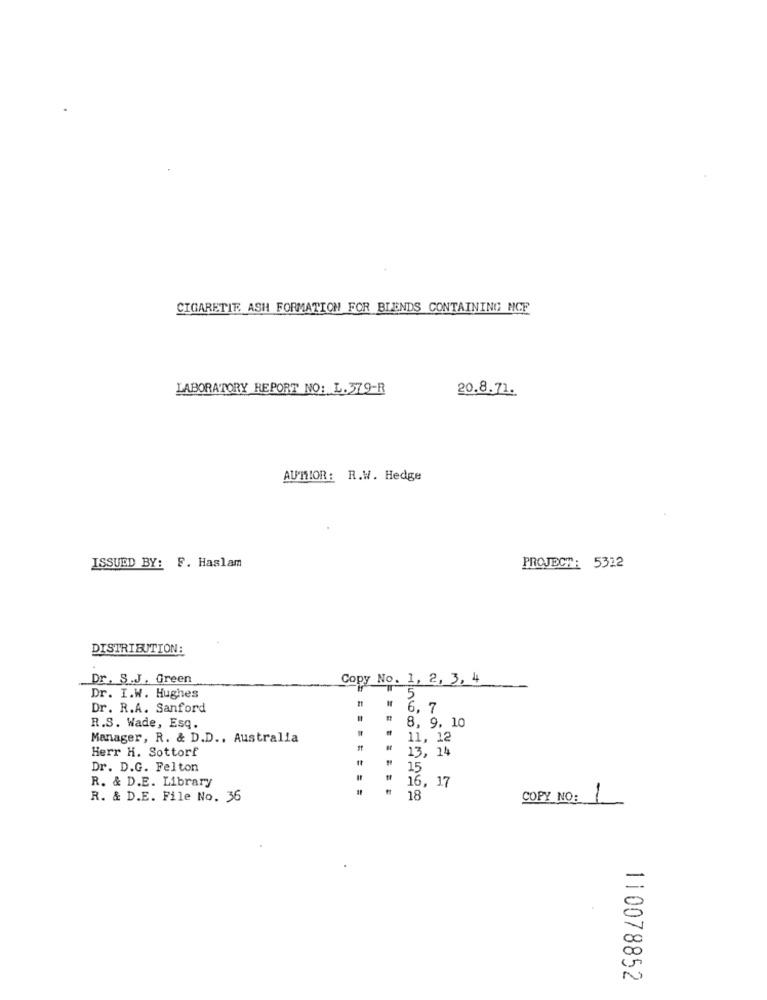
CIGARETIE ASH FORMATION FOR BLENDS CONTAINING NCE
LABORATORY REPORT NO: L.379-R
20.8.71.
AU'MIOR: R.W. Hedge
ISSUED BY: F. Haslam
PROJECT: 5312
DISTRIBUTION:
Dr.S.J. Green
Copy No. 1, 2, 3, 4
5
Dr. I.W. Hughes
Dr. R.A. Sanford
6. 7
R.S. Wade, Esq.
8, 9, 10
Manager, R. & D.D ., Australia
11, 12
Herr H. Sottorf
13, 24
Dr. D.G. Felton
15
R. & D.E. Library
16, 17
R. & D.E. File No. 36
18
COPY NO: 1
110078852